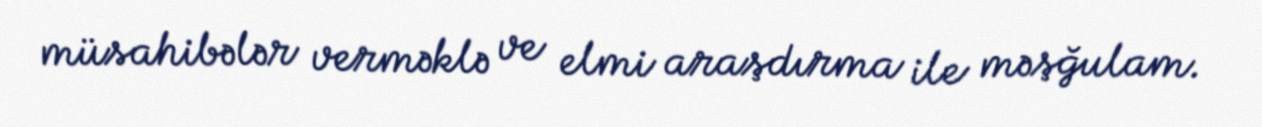
müsahibələr verməklə ve elmi araşdırma ile məşğulam.